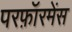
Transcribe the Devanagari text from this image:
परफ़ॉरमेंस